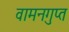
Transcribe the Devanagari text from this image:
वामनगुप्त